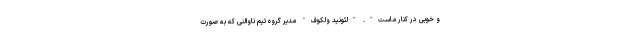
و خوبی در کنار ماست". "لئونید ولکوف" مدیر گروه تیم ناوالنی که به صورت